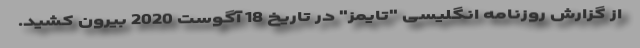
از گزارش روزنامه انگلیسی "تایمز" در تاریخ 18 آگوست 2020 بیرون کشید.